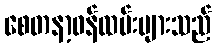
စေတနာ့ဝန်ထမ်းများသည်